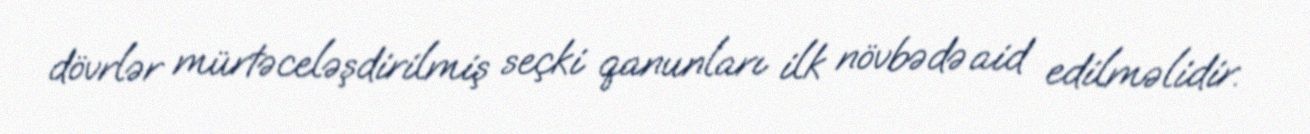
dövrlər mürtəceləşdirilmiş seçki qanunları ilk növbədə aid edilməlidir.